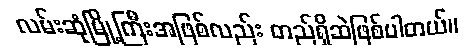
လမ်းဆုံမြို့ကြီးအဖြစ်လည်း တည်ရှိဆဲဖြစ်ပါတယ်။